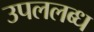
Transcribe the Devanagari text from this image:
उपललब्ध